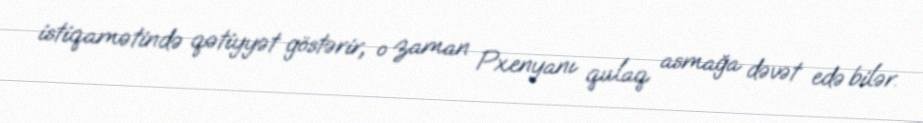
istiqamətində qətiyyət göstərir, o zaman Pxenyanı qulaq asmağa dəvət edə bilər.